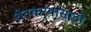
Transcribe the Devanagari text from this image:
शेतकर्‍यांसाठी